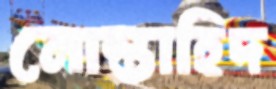
মোস্তাহিদ